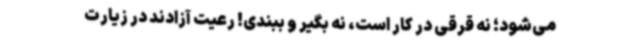
می‌شود؛ نه‌ قرقی در کار است، نه بگیر و ببندی! رعیت آزادند در زیارت